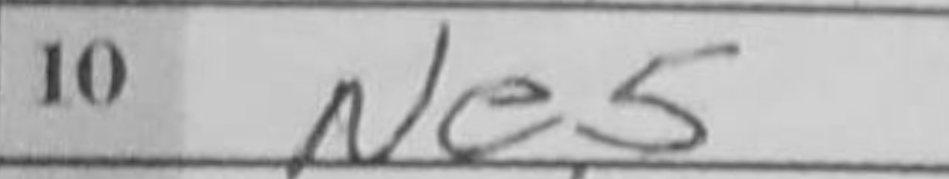
Transcription: Ne5